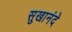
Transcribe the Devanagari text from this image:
सुखानंदे